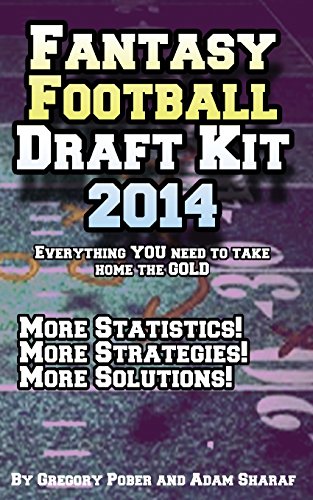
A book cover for Fantasy Football Draft Kit 2014; Gregory Pober; Humor & Entertainment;